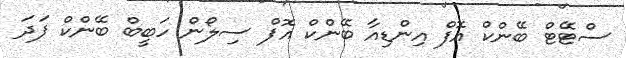
ސްޓޭޓް ބޭންކް އޮފް އިންޑިއާ ބޭންކް އޮފް ސިލޯން ހަބީބް ބޭންކް ފަދަ